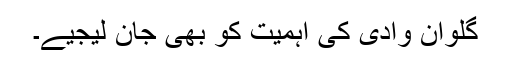
گلوان وادی کی اہمیت کو بھی جان لیجیے۔